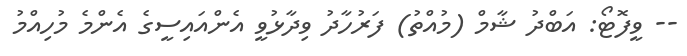
-- ވީފޮޓޯ: އަބްދު ޝާމް (މުއްތު) ފަރުހާދު ވިދާޅުވީ އެންއައިސީގެ އެންމެ މުހިއްމު